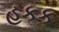
હકક